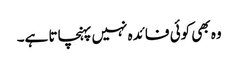
وہ بھی کوئی فائدہ نہیں پہنچاتا ہے۔